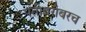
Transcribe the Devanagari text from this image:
पतीबरोबरच